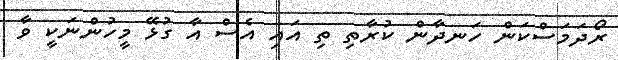
ރޯދަމަސްކަން ހަނދާން ކުރާތި ތި އައި އެސް އާ ގުޅޭ މީހުންނަކީ ވާ